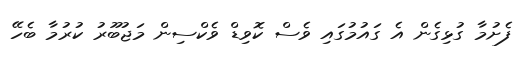
ފެށުމާ ގުޅިގެން އެ ގައުމުގައި ވެސް ކޮވިޑް ވެކްސިން މަޖުބޫރު ކުރުމާ ބެހޭ